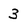
Character: 3